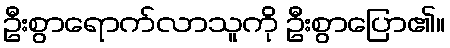
ဦးစွာရောက်လာသူကို ဦးစွာပြော၏။